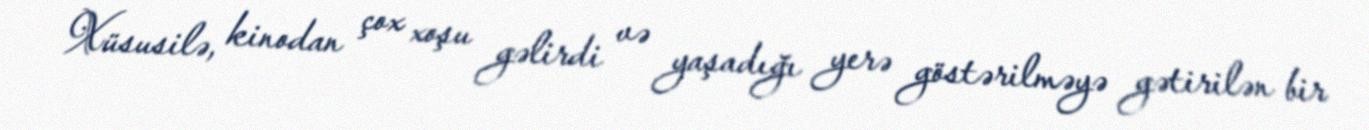
Xüsusilə, kinodan çox xoşu gəlirdi və yaşadığı yerə göstərilməyə gətirilən bir